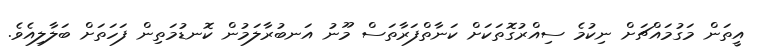
އީތަން މަގުމައްޗަށް ނިކުމެ ސިއްރުގޮތަކަށް ކަނާތްފަރާތަސް މޫނު އަނބުރާލަމުން ކޮނޑުމަތިން ފަހަތަށް ބަލާލިއެވެ.